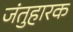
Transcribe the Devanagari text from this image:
जंतुहारक